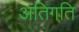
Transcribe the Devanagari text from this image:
अतिगति